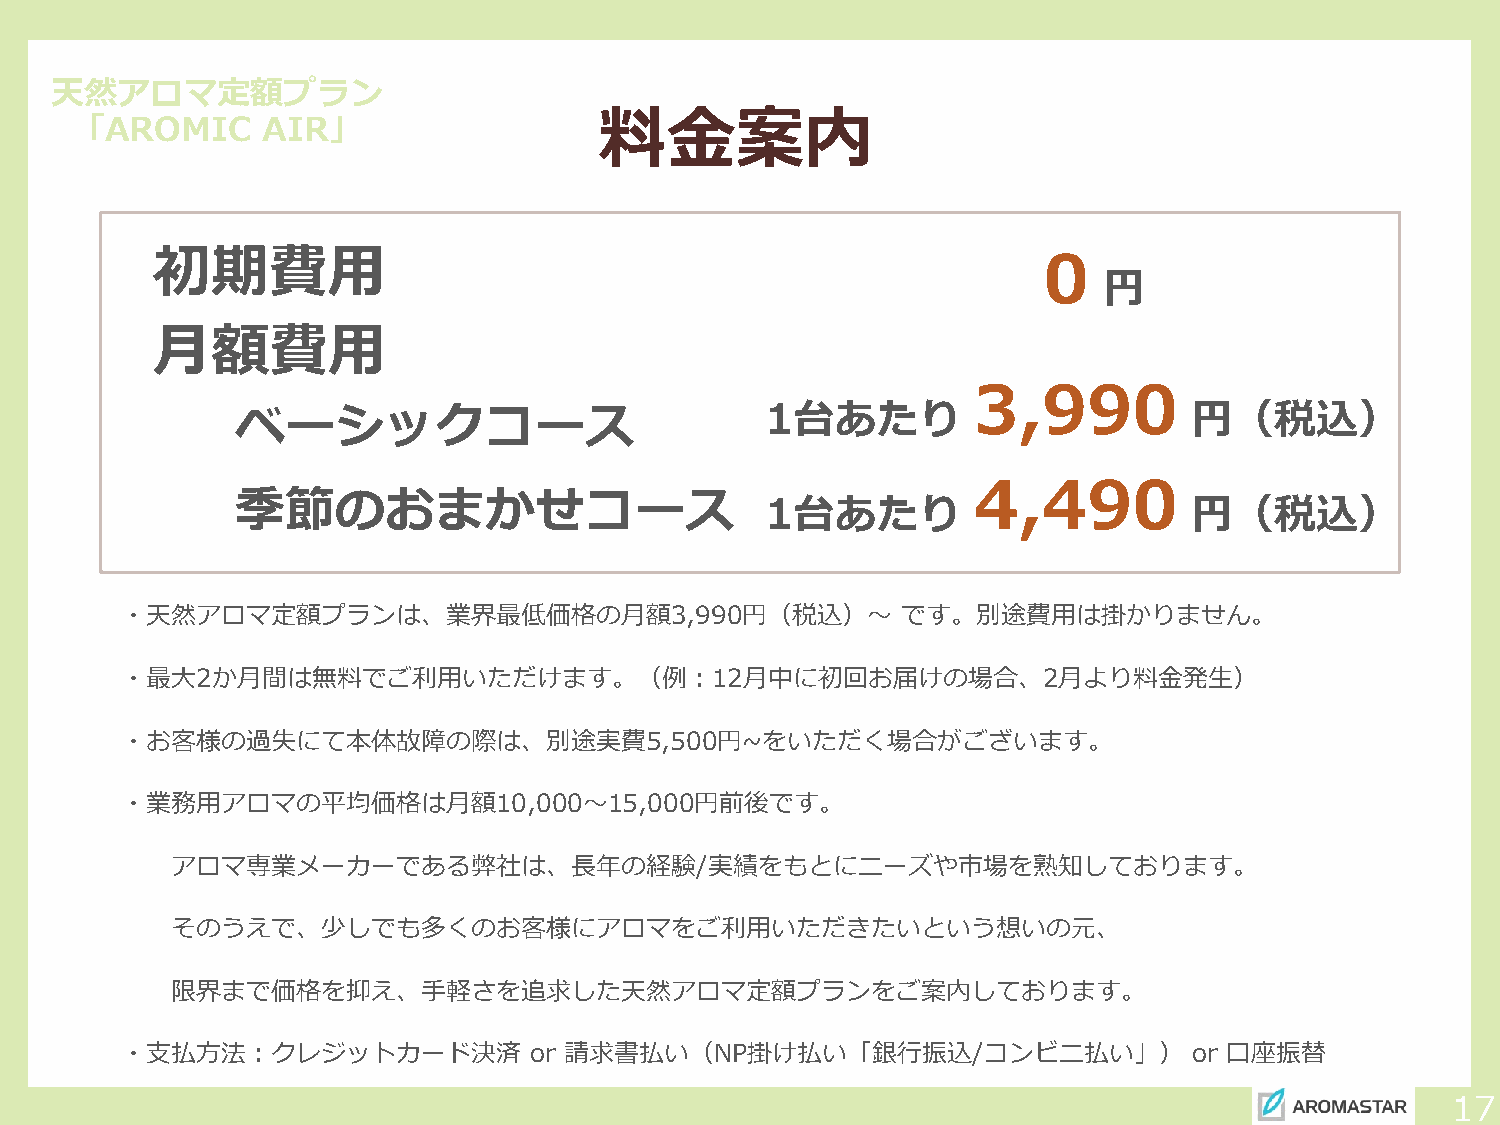
天然アロマ定額プラン
 料金案内
 「AROMIC     AIR」
 初期費用                                                       0
 円
 月額費用
 3,990
 ベーシックコース                           1台あたり                       円（税込）
 4,490
 季節のおまかせコース
 1台あたり                       円（税込）
 ・天然アロマ定額プランは、業界最低価格の月額3,990円（税込）～                   です。別途費用は掛かりません。
 ・最大2か月間は無料でご利用いただけます。（例：12月中に初回お届けの場合、2月より料金発生）
 ・お客様の過失にて本体故障の際は、別途実費5,500円~をいただく場合がございます。
 ・業務用アロマの平均価格は月額10,000～15,000円前後です。
 アロマ専業メーカーである弊社は、長年の経験/実績をもとにニーズや市場を熟知しております。
 そのうえで、少しでも多くのお客様にアロマをご利用いただきたいという想いの元、
 限界まで価格を抑え、手軽さを追求した天然アロマ定額プランをご案内しております。
 ・支払方法：クレジットカード決済           or 請求書払い（NP掛け払い「銀行振込/コンビニ払い」）               or 口座振替
 17